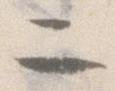
二